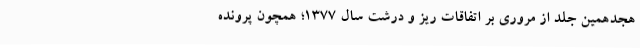
هجدهمین جلد از مروری بر اتفاقات ریز و درشت سال ۱۳۷۷؛ همچون پرونده